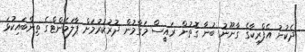
ދެކުނު އެފްރިކާގެ ގާނޫނު ބުނާ ގޮތުން ރައީސް މަގާމުން ދުރުކުރުމަށް ޕާލަމެންޓްގެ ތިންބައިކުޅަ